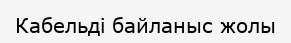
Кабельді байланыс жолы